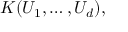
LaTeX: K ( U _ { 1 } , \dots , U _ { d } ) ,